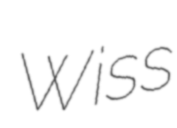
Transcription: Wiss